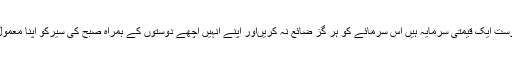
اچھے دوست ایک قیمتی سرمایہ ہیں اس سرمائے کو ہر گز ضائع نہ کریںاور اپنے انہیں اچھے دوستوں کے ہمراہ صبح کی سیرکو اپنا معمول بنا لیں۔